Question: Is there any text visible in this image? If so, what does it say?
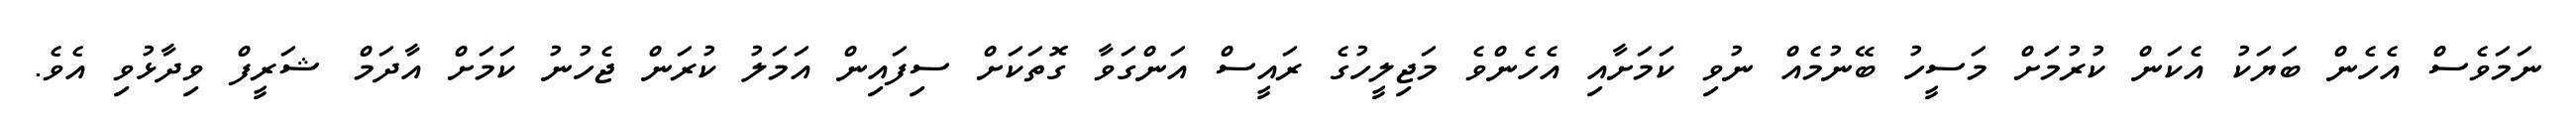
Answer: ނަމަވެސް އެހެން ބަޔަކު އެކަން ކުރުމަަށް މަސީހު ބޭނުމެއް ނުވި ކަމަށާއި އެހެންވެ މަޖިލީހުގެ ރައީސް އަންގަވާ ގޮތަކަށް ސިފައިން އަމަލު ކުރަން ޖެހުނު ކަމަށް އާދަމް ޝަރީފް ވިދާޅުވި އެވެ.